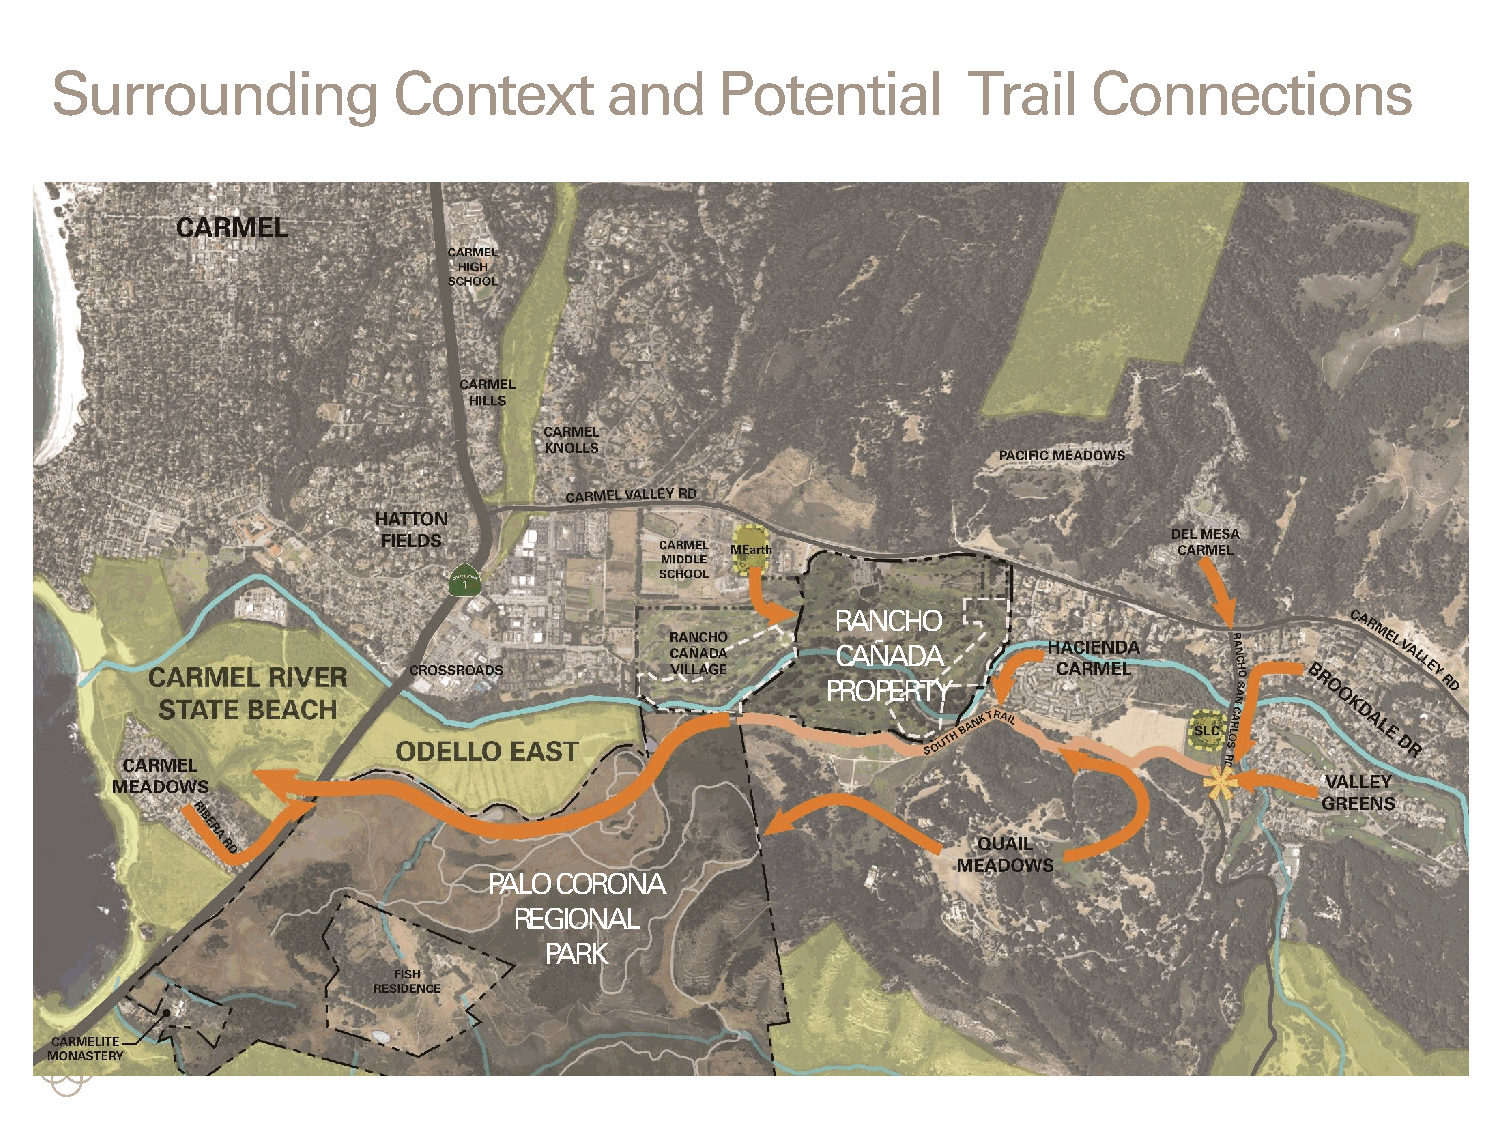
Surrounding            Context       and     Potential       Trail   Connections
 RANCHO
 CAÑADA
 PROPERTY
 PALO CORONA
 REGIONAL
 PARK